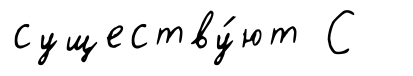
существу́ют С